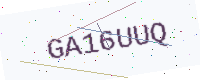
Text: GA16UUQ